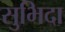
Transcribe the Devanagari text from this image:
सुभिदा